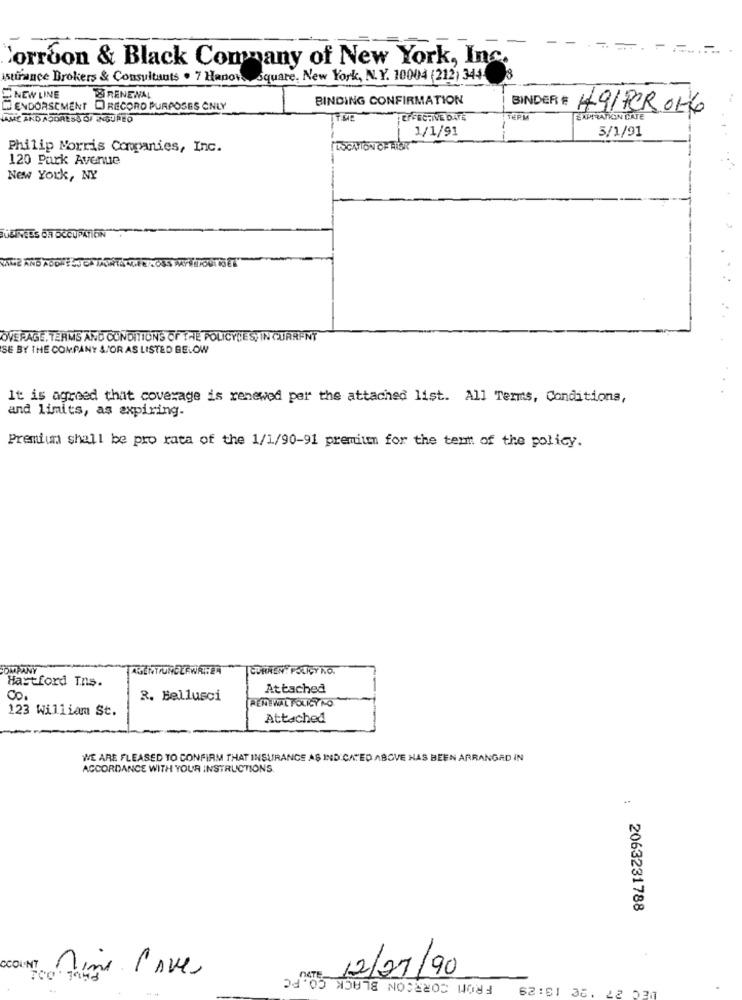
Corroon & Black Company of New York, Inc.
Astirance Brokers & Consultants . 7 Hanov ., square, New York, N. Y. 10004 (212) 344- 8
NEW LINE
BRENEWAL
BINDING CONFIRMATION
ENDORSEMENT DRECORD PURPOSES ONLY
BINDER : 49/POR 0KG
NAME AND ADDRESS OF ENSUREO
EFFECTIVE DATE
THPM
EXPIRATION CATE
1/1/91
-
5/1/91
Philip Morris Companies, Inc.
LOCATION OF FISK
120 Park Avenue
New York, NY
OVERAGE, TERMS AND CONDITIONS OF THE POLICYLES, IN CURRENT
SE BY THE COMPANY AFOR AS LISTED BELOW
It is agreed that coverage is renewed per the attached list. All Terms, Conditions,
and limits, as expiring-
Premium shall be pro rata of the 1/1/90-91 premium for the term of the policy.
COMPANY
AGENTUNDERWATER
CURRENT POLICY NO.
Hartford Tns.
Attached
Co.
R. Bellusci
RENEWAL POURY NO.
123 William St.
Attached
WE ARE PLEASED TO CONFIRM THAT INSURANCE AS INDICATED ABOVE HAS BEEN ARRANGED IN
ACCORDANCE WITH YOUR INSTRUCTIONS
: 2063231788
CCOUNT Mine love
12/21/90
FROM CORSOON BLACK CO. PC
62:51 36. 22 031